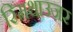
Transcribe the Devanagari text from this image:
स्मिथाउज़र